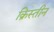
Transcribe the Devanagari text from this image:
क्रिस्तीन